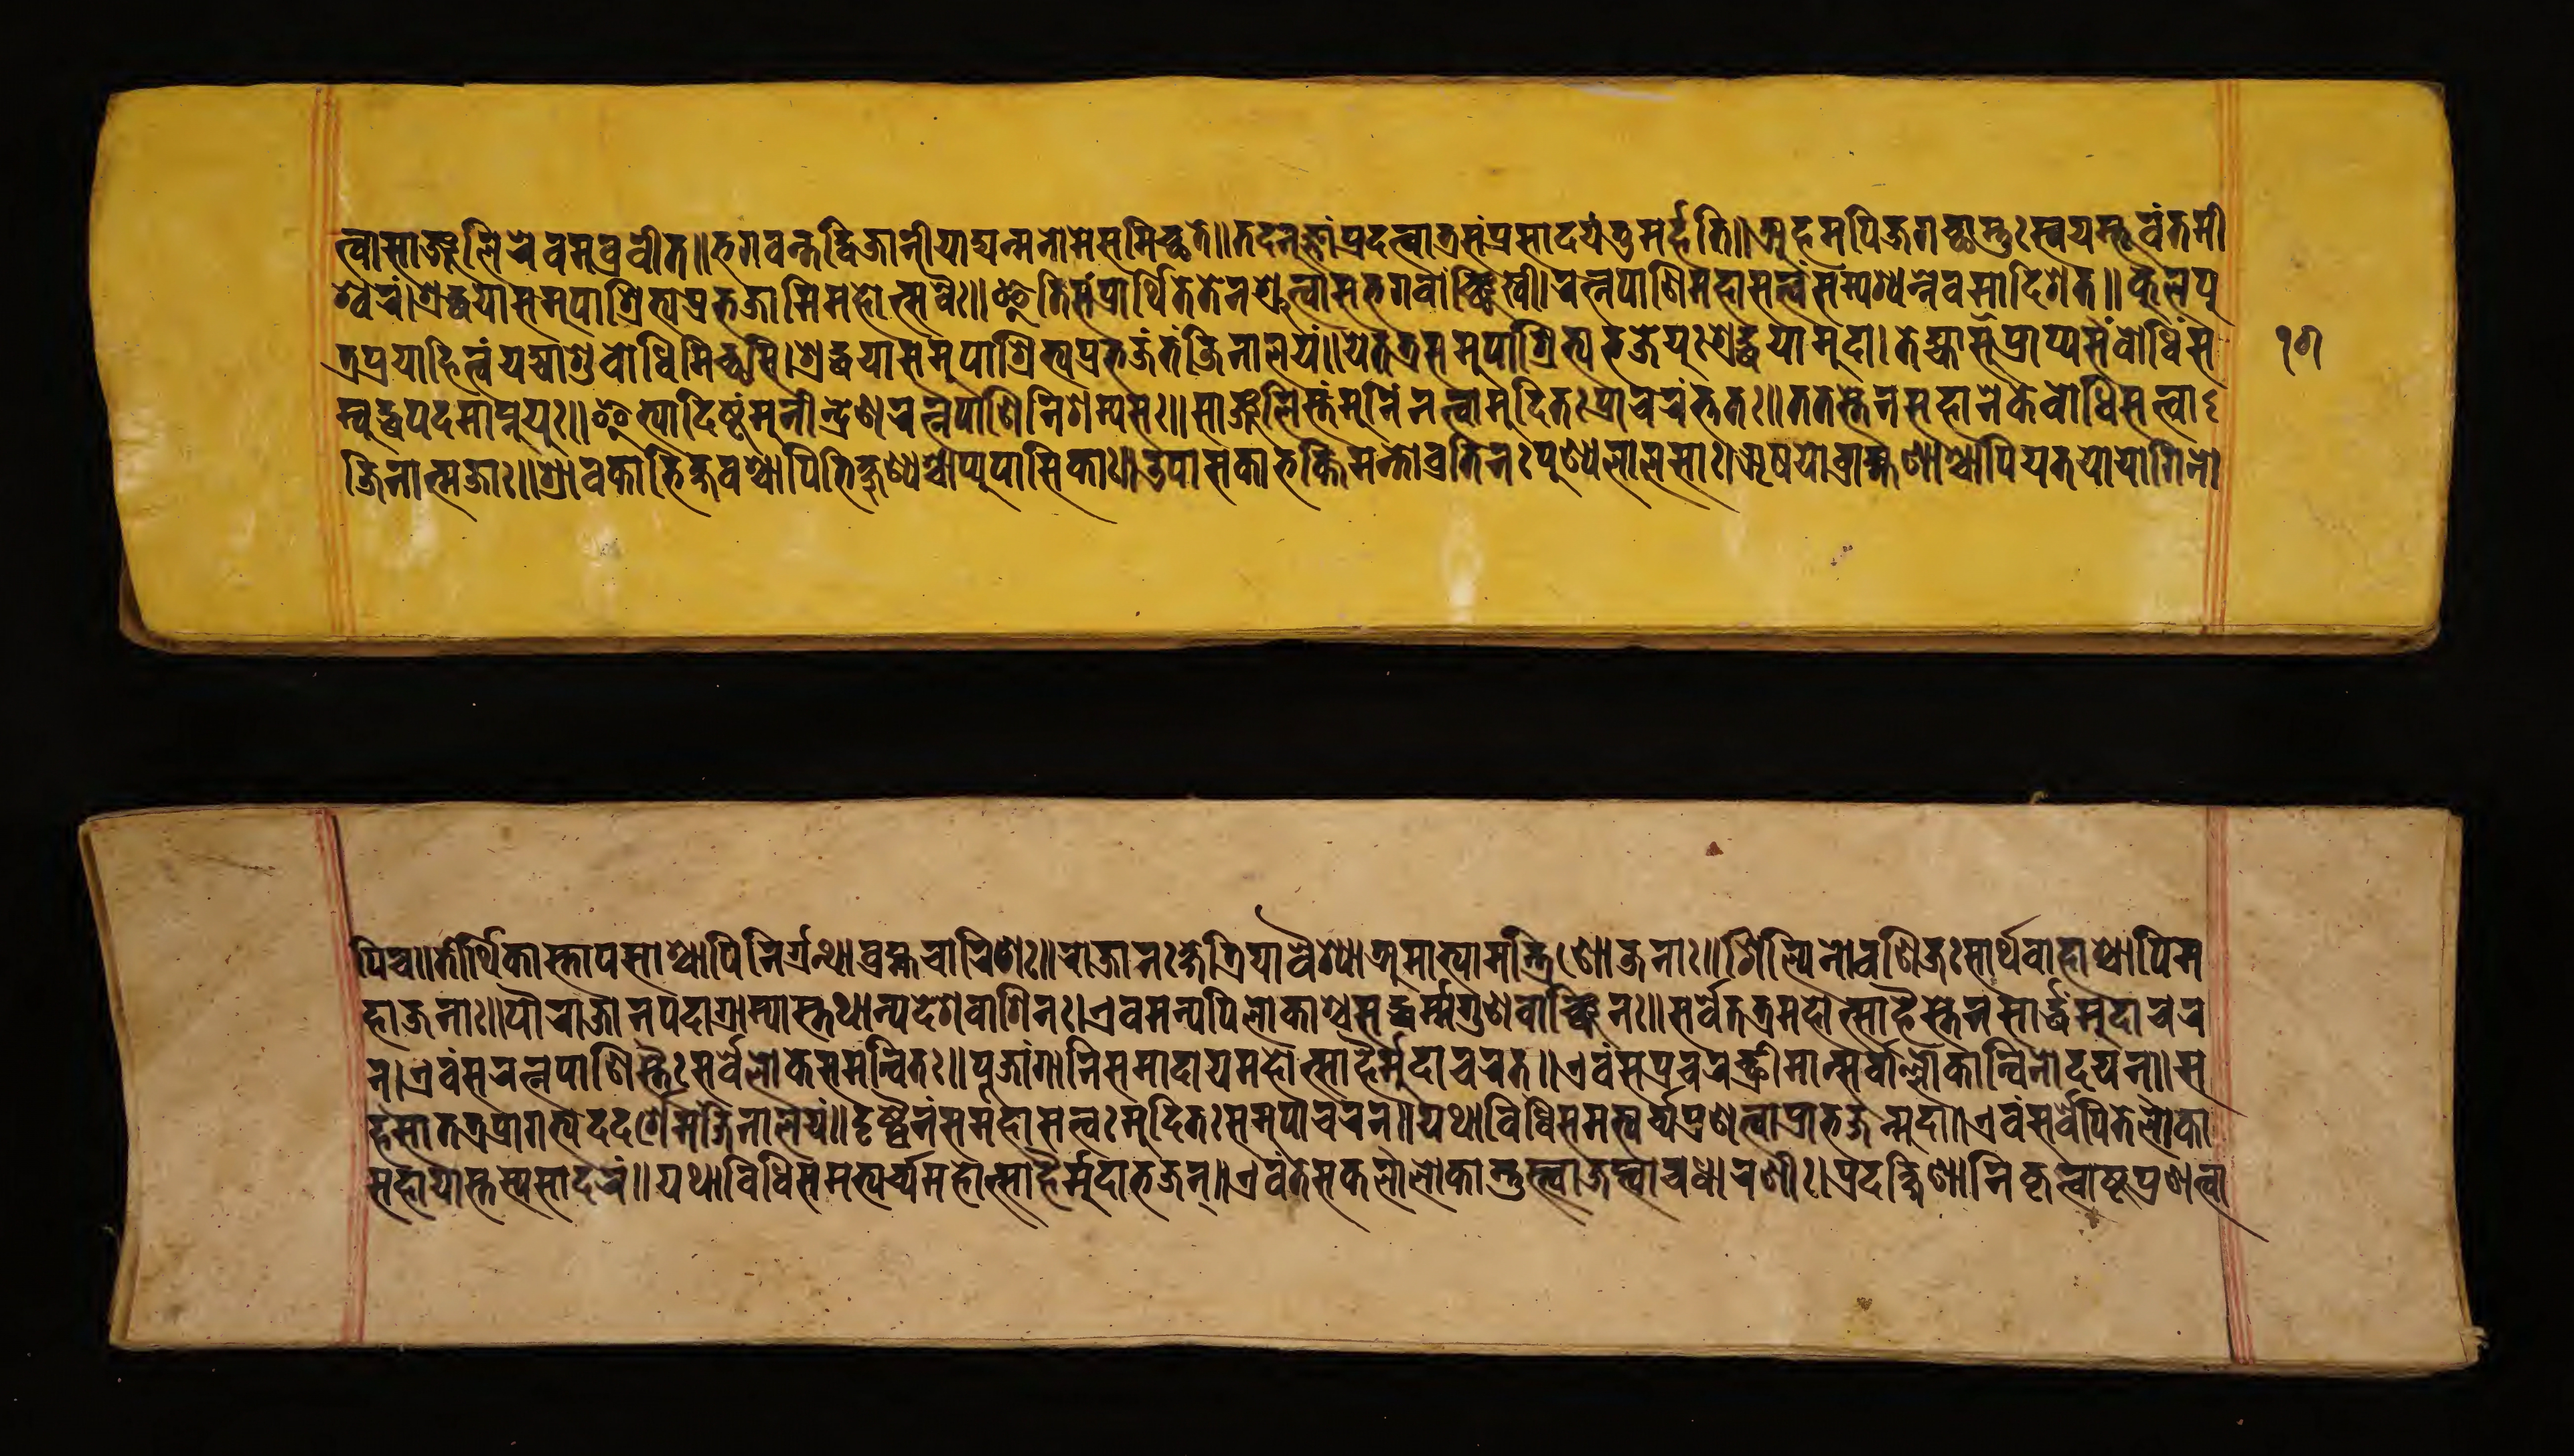
𑐟𑑂𑐰𑐵𑐳𑐵𑐘𑑂𑐖𑐮𑐶𑐬𑐾𑐰𑐧𑑂𑐬𑐰𑐷𑐟𑑂॥𑐨𑐐𑐰𑐣𑑂𑐟𑐡𑑂𑐢𑐶𑐖𑐵𑐣𑐷𑐫𑐵𑐡𑑂𑐫𑐣𑑂𑐩𑐣𑑀𑐩𑐾𑐳𑐩𑐷𑐔𑑂𑐕𑐟𑐾॥𑐟𑐡𑐣𑐸𑐖𑑂𑐘𑐵𑑄𑐥𑑂𑐬𑐡𑐟𑑂𑐰𑐵𑐟𑑂𑐬𑐳𑑄𑐥𑑂𑐬𑐳𑐵𑐡𑐫𑐟𑐸𑐩𑐬𑑂𑐴𑐟𑐶॥𑐀𑐴𑐩𑐥𑐶𑐖𑐐𑐔𑑂𑐕𑐵𑐳𑑂𑐟𑑅𑐳𑑂𑐰𑐫𑐩𑑂𑐨𑐸𑐰𑑄𑐟𑐩𑐷 𑐱𑑂𑐰𑐬𑑄।𑐱𑑂𑐬𑐡𑑂𑐢𑐫𑐵𑐳𑐩𑐸𑐥𑐵𑐱𑑂𑐬𑐶𑐟𑑂𑐫𑐥𑑂𑐬𑐨𑐖𑐵𑐩𑐶𑐩𑐴𑑀𑐟𑑂𑐳𑐰𑐿𑑅॥𑐂𑐟𑐶𑐳𑑄𑐥𑑂𑐬𑐵𑐬𑑂𑐠𑐶𑐟𑐾𑐟𑐾𑐣𑐱𑑂𑐬𑐸𑐟𑑂𑐰𑐵𑐳𑐨𑐐𑐰𑐵𑐘𑑂𑐕𑐶𑐏𑐶।𑐬𑐟𑑂𑐣𑐥𑐵𑐞𑐶𑑄𑐩𑐴𑐵𑐳𑐟𑑂𑐟𑑂𑐰𑑄𑐳𑑄𑐥𑐱𑑂𑐫𑐣𑑂𑐣𑐾𑐰𑐩𑐵𑐡𑐶𑐱𑐟𑑂॥𑐎𑐸𑐮𑐥𑐸 𑐟𑑂𑐬𑐥𑑂𑐬𑐫𑐵𑐴𑐶𑐟𑑂𑐰𑑄𑐫𑐡𑑂𑐫𑐵𑐱𑐸𑐧𑑀𑐢𑐶𑐩𑐶𑐔𑑂𑐕𑐳𑐶।𑐱𑑂𑐬𑐡𑑂𑐢𑐫𑐵𑐳𑐩𑐸𑐥𑐵𑐱𑑂𑐬𑐶𑐟𑑂𑐫𑐥𑑂𑐬𑐨𑐖𑐟𑑄𑐖𑐶𑐣𑐵𑐮𑐫𑑄॥𑐫𑐾𑐟𑐟𑑂𑐬𑐳𑐩𑐸𑐥𑐵𑐱𑑂𑐬𑐶𑐟𑑂𑐫𑐨𑐖𑐾𑐫𑐸𑑅𑐱𑑂𑐬𑐡𑑂𑐢𑐫𑐵𑐩𑐸𑐡𑐵।𑐟𑐾𑐁𑐱𑐸𑐥𑑂𑐬𑐵𑐥𑑂𑐫𑐳𑑄𑐧𑑀𑐢𑐶𑑄𑐳 𑐩𑑂𑐧𑐸𑐡𑑂𑐢𑐥𑐡𑐩𑐵𑐥𑑂𑐣𑐸𑐫𑐸𑑅॥𑐂𑐟𑑂𑐫𑐵𑐡𑐶𑐲𑑂𑐚𑑄𑐩𑐸𑐣𑐷𑐣𑑂𑐡𑑂𑐬𑐾𑐞𑐬𑐟𑑂𑐣𑐥𑐵𑐞𑐶𑐣𑐶𑐱𑐩𑑂𑐫𑐳𑑅॥𑐳𑐵𑐘𑑂𑐖𑐮𑐶𑐳𑑂𑐟𑑄𑐩𑐸𑐣𑐶𑑄𑐣𑐟𑑂𑐰𑐵𑐩𑐸𑐡𑐶𑐟𑑅𑐥𑑂𑐬𑐵𑐔𑐬𑐟𑑂𑐟𑐟𑑅॥𑐟𑐟𑐳𑑂𑐟𑐾𑐣𑐳𑐴𑐵𑐣𑐾𑐎𑐾𑐧𑑀𑐢𑐶𑐳𑐟𑑂𑐟𑑂𑐰𑐵 𑐖𑐶𑐣𑐵𑐟𑑂𑐩𑐖𑐵𑑅॥𑐱𑑂𑐬𑐵𑐰𑐎𑐵𑐨𑐶𑐎𑑂𑐲𑐰𑐱𑑂𑐔𑐵𑐥𑐶𑐨𑐶𑐎𑑂𑐲𑐸𑐞𑑂𑐫𑐱𑑂𑐔𑐵𑐥𑑂𑐫𑐸𑐥𑐵𑐳𑐶𑐎𑐵𑑅॥𑐄𑐥𑐵𑐳𑐎𑐵𑐨𑐎𑑂𑐟𑐶𑐩𑐣𑑂𑐟𑑀𑐰𑑂𑐬𑐟𑐶𑐣𑑅𑐥𑐸𑐞𑑂𑐫𑐮𑐵𑐮𑐳𑐵𑑅।𑐆𑐲𑐫𑑀𑐧𑑂𑐬𑐵𑐴𑑂𑐩𑐞𑐵𑐱𑑂𑐔𑐵𑐥𑐶𑐫𑐟𑐫𑑀𑐫𑑀𑐐𑐶𑐣𑑀 𑐥𑐶𑐔॥𑐟𑐷𑐬𑑂𑐠𑐶𑐎𑐵𑐳𑑂𑐟𑐵𑐥𑐳𑐵𑐱𑑂𑐔𑐵𑐥𑐶𑐣𑐶𑐬𑑂𑐐𑑂𑐬𑐣𑑂𑐠𑐵𑐧𑑂𑐬𑐴𑑂𑐩𑐔𑐵𑐬𑐶𑐞𑑅॥𑐬𑐵𑐖𑐵𑐣𑑅𑐎𑑂𑐲𑐟𑑂𑐬𑐶𑐫𑐵𑐰𑐿𑐱𑑂𑐫𑐵𑐀𑐩𑐵𑐟𑑂𑐫𑐵𑐩𑐣𑑂𑐟𑑂𑐬𑐶𑐞𑑀𑐖𑐣𑐵𑑅॥𑐱𑐶𑐮𑑂𑐥𑐶𑐣𑑀𑐰𑐞𑐶𑐖𑑅𑐳𑐵𑐬𑑂𑐠𑐰𑐵𑐴𑐵𑐱𑑂𑐔𑐵𑐥𑐶𑐩 𑐴𑐵𑐖𑐣𑐵𑑅॥𑐥𑑁𑐬𑐵𑐖𑐵𑐣𑐥𑐡𑐵𑐐𑑂𑐬𑐵𑐩𑑂𑐫𑐳𑑂𑐟𑐠𑐵𑐣𑑂𑐫𑐡𑐾𑐱𑐰𑐵𑐳𑐶𑐣𑑅।𑐊𑐰𑐩𑐣𑑂𑐫𑐾𑐥𑐶𑐮𑑀𑐎𑐵𑐱𑑂𑐔𑐳𑐡𑑂𑐢𑐬𑑂𑐩𑐐𑐸𑐞𑐰𑐵𑐘𑑂𑐕𑐶𑐣𑑅॥𑐳𑐬𑑂𑐰𑐾𑐟𑐟𑑂𑐬𑐩𑐴𑑀𑐟𑑂𑐳𑐵𑐴𑐿𑐳𑑂𑐟𑐾𑐣𑐳𑐵𑐬𑑂𑐡𑑂𑐢𑐩𑐸𑐡𑐵𑐔𑐬 𑐣𑑂।𑐊𑐰𑑄𑐳𑐬𑐟𑑂𑐣𑐥𑐵𑐞𑐶𑐳𑑂𑐟𑐿𑑅𑐳𑐬𑑂𑐰𑐿𑑅𑐮𑑀𑐎𑐿𑐳𑐩𑐣𑑂𑐰𑐶𑐟𑑅॥𑐥𑐹𑐖𑐵𑐒𑑂𑐐𑐵𑐣𑐶𑐳𑐩𑐵𑐡𑐵𑐫𑐩𑐴𑑀𑐟𑑂𑐳𑐵𑐴𑐿𑐩𑐸𑐡𑐵𑐔𑐬𑐟𑑂॥𑐊𑐰𑑄𑐳𑐥𑑂𑐬𑐰𑐬𑐘𑑂𑐕𑑂𑐬𑐷𑐩𑐵𑐣𑑂𑐳𑐬𑑂𑐰𑐵𑑄𑐮𑑂𑐮𑑀𑐎𑐵𑐣𑑂𑐰𑐶𑐣𑑀𑐡𑐫𑐣𑑂॥𑐳 𑐴𑐳𑐵𑐟𑐟𑑂𑐬𑐥𑑂𑐬𑐵𑐐𑐟𑑂𑐫𑐡𑐡𑐬𑑂𑐱𑐾𑐩𑑄𑐖𑐶𑐣𑐵𑐮𑐫𑑄॥𑐡𑐺𑐲𑑂𑐚𑑂𑐰𑐿𑐣𑑄𑐳𑐩𑐴𑐵𑐳𑐟𑑂𑐟𑑂𑐰𑑅𑐩𑐸𑐡𑐶𑐟𑑅𑐳𑐩𑐸𑐥𑐵𑐳𑐬𑐣𑑂॥𑐫𑐠𑐵𑐰𑐶𑐢𑐶𑐳𑐩𑐨𑑂𑐫𑐬𑑂𑐔𑑂𑐫𑐥𑑂𑐬𑐞𑐟𑑂𑐰𑐵𑐥𑑂𑐬𑐵𑐨𑐖𑐣𑑂𑐩𑐸𑐡𑐵॥𑐊𑐰𑑄𑐳𑐬𑑂𑐰𑐾𑐥𑐶𑐟𑐾𑐮𑑀𑐎𑐵 𑐳𑐴𑐵𑐫𑐵𑐳𑑂𑐟𑐳𑑂𑐫𑐳𑐵𑐡𑐬𑑄॥𑐫𑐠𑐵𑐰𑐶𑐢𑐶𑐳𑐩𑐨𑑂𑐫𑐬𑑂𑐔𑑂𑐫𑐩𑐴𑑀𑐟𑑂𑐳𑐵𑐴𑐿𑐩𑐸𑐡𑐵𑐨𑐖𑐣𑑂॥𑐊𑐰𑑄𑐟𑐾𑐳𑐎𑐮𑐵𑐮𑑀𑐎𑐵𑐳𑑂𑐟𑐸𑐟𑑂𑐰𑐵𑐖𑐥𑑂𑐟𑑂𑐰𑐵𑐔𑐢𑐵𑐬𑐞𑐷।𑐥𑑂𑐬𑐡𑐎𑑂𑐲𑐶𑐞𑐵𑐣𑐶𑐎𑐺𑐟𑑂𑐰𑑀𑐲𑑂𑐚𑐥𑑂𑐬𑐞𑐟𑑂𑐰𑐵 𑑑𑑖